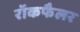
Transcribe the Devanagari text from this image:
रॉकफैलर